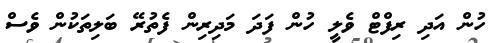
ހުން އަދި ރިފްޓް ވެލީ ހުން ފަދަ މަދިރިން ފެތުރޭ ބަލިތަކުން ވެސް